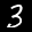
Label: 3